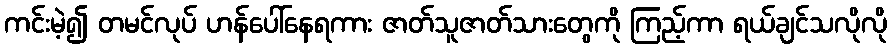
ကင်းမဲ့၍ တမင်လုပ် ဟန်ပေါ်နေရကား ဇာတ်သူဇာတ်သားတွေကို ကြည့်ကာ ရယ်ချင်သလိုလို